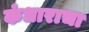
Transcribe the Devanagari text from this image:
कंधाराचा